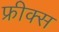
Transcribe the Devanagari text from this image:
फ्रीक्स